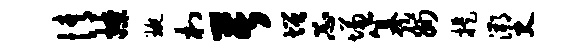
情撩琬村苦增忐慊纂州提溯史